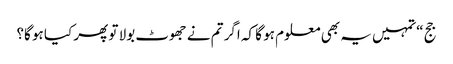
جج “تمہیں یہ بھی معلوم ہو گا کہ اگر تم نے جھوٹ بولا تو پھر کیا ہو گا؟